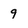
Character: 9